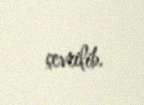
çevrilib.